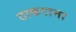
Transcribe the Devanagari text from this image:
ठाकराना